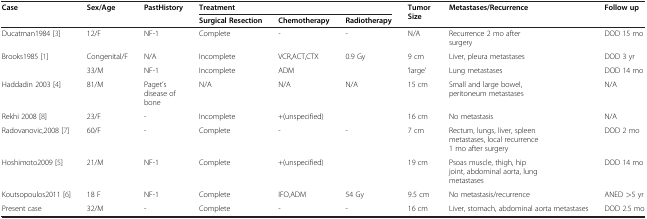
| <ROWSPAN=2> Case | <ROWSPAN=2> Sex/Age | <ROWSPAN=2> PastHistory | <COLSPAN=3> Treatment | <ROWSPAN=2> Tumor Size | <ROWSPAN=2> Metastases/Recurrence | <ROWSPAN=2> Follow up |
 | Surgical Resection | Chemotherapy | Radiotherapy |
 | --- | --- | --- | --- | --- | --- | --- | --- | --- |
 | Ducatman1984 [3] | 12/F | NF-1 | Complete | - | - | N/A | Recurrence 2 mo after surgery | DOD 15 mo |
 | <ROWSPAN=2> Brooks1985 [1] | Congenital/F | N/A | Incomplete | VCR,ACT,CTX | 0.9 Gy | 9 cm | Liver, pleura metastases | DOD 3 yr |
 | 33/M | NF-1 | Incomplete | ADM |  | ‘large’ | Lung metastases | DOD 14 mo |
 | Haddadin 2003 [4] | 81/M | Paget’s disease of bone | N/A | N/A | N/A | 15 cm | Small and large bowel, peritoneum metastases | N/A |
 | Rekhi 2008 [8] | 23/F | - | Incomplete | +(unspecified) |  | 16 cm | No metastasis | N/A |
 | Radovanovic,2008 [7] | 60/F | - | Complete | - | - | 7 cm | Rectum, lungs, liver, spleen metastases, local recurrence 1 mo after surgery | DOD 2 mo |
 | Hoshimoto2009 [5] | 21/M | NF-1 | Complete | +(unspecified) |  | 19 cm | Psoas muscle, thigh, hip joint, abdominal aorta, lung metastases | DOD 14 mo |
 | Koutsopoulos2011 [6] | 18 F | NF-1 | Complete | IFO,ADM | 54 Gy | 9.5 cm | No metastasis/recurrence | ANED >5 yr |
 | Present case | 32/M | - | Complete | - | - | 16 cm | Liver, stomach, abdominal aorta metastases | DOD 2.5 mo |